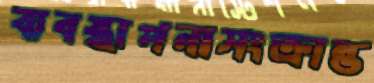
ব্যবস্থাপনাসংক্রান্ত